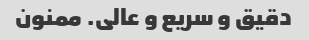
دقیق و سریع و عالی. ممنون